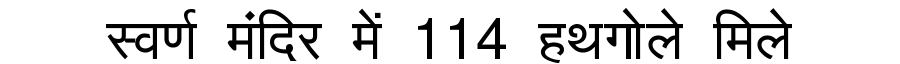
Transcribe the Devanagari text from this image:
स्वर्ण मंदिर में 114 हथगोले मिले